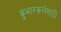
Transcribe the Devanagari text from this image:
कुंभारकलेसाठी